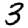
Digit: 3